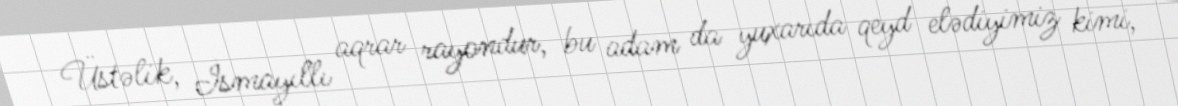
Üstəlik, İsmayıllı aqrar rayondur, bu adam da yuxarıda qeyd elədiyimiz kimi,